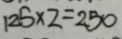
1 2 5 \times 2 = 2 5 0